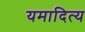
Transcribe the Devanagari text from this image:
यमादित्य